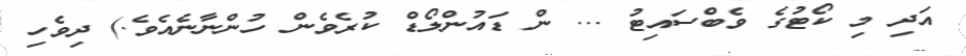
އަދި މި ކޯޓުގެ ވެބްސައިޓު ... ން ޑައުންލޯޑް ކުރެވެން ހުންނާނެއެވެ.) ދިވެހި